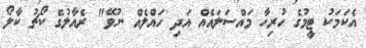
އެކަމަކު ޓީމުގެ ހުރިހާ މައްސަލައެއް އަދި ހައްލެއް ނުވޭ" ރެއާލުގެ ކޯޗު ކާލޯ